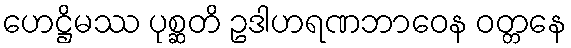
ဟေဋ္ဌိမဿ ပုစ္ဆတိ ဥဒါဟရဏဘာဝေန ဝတ္တနေ